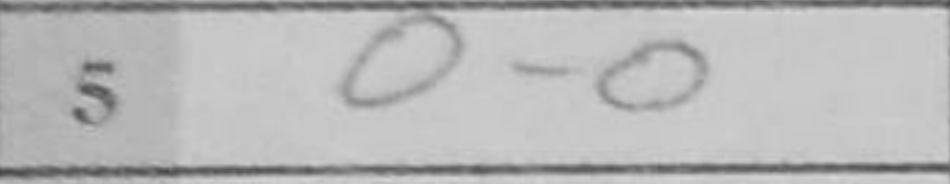
Transcription: O-O